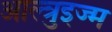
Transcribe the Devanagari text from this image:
आल्त्रुइज्म